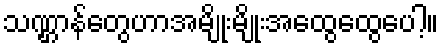
သဏ္ဌာန်တွေဟာအမျိုးမျိုးအထွေထွေပေါ့။